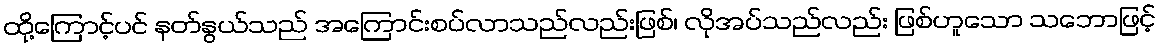
ထို့ကြောင့်ပင် နတ်နွယ်သည် အကြောင်းစပ်လာသည်လည်းဖြစ်၊ လိုအပ်သည်လည်း ဖြစ်ဟူသော သဘောဖြင့်